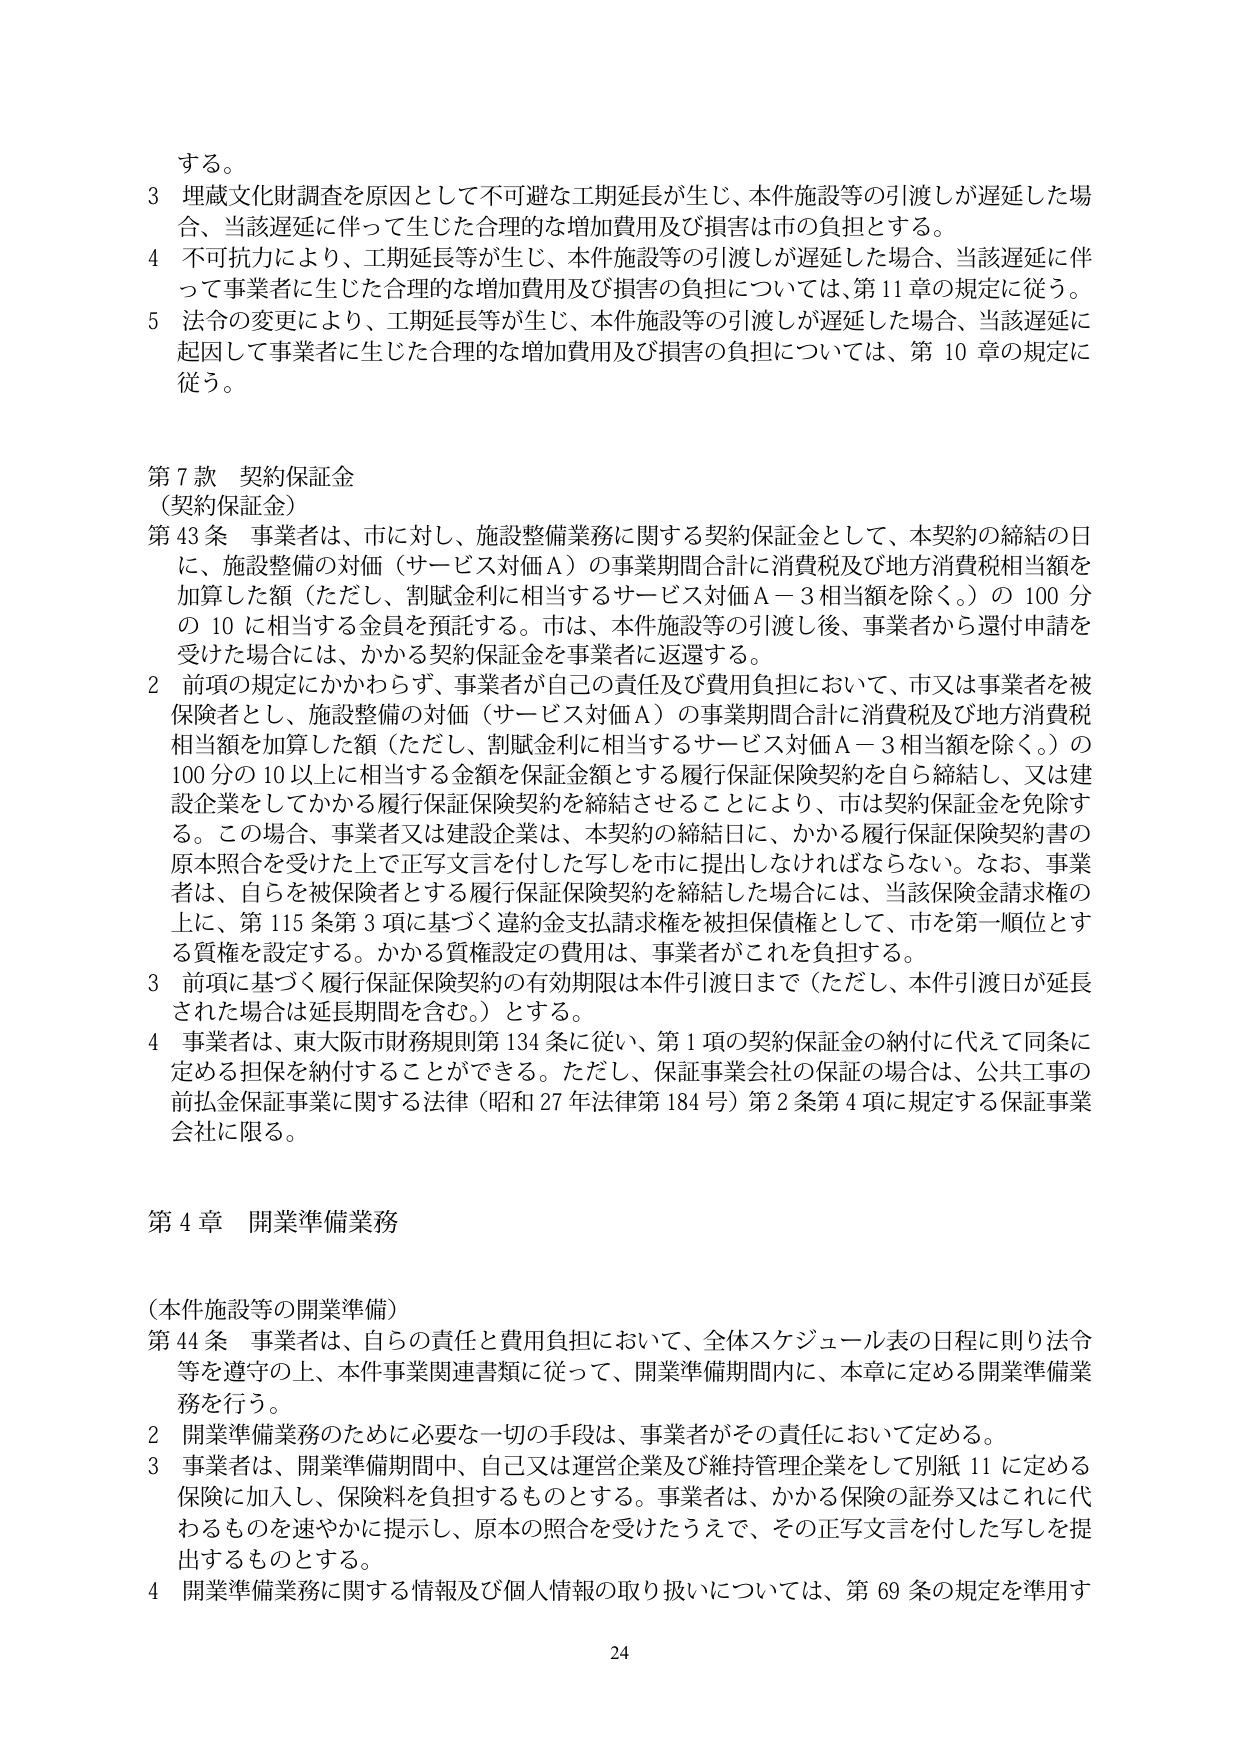
する。

3 埋蔵文化財調査を原因として不可避な工期延長が生じ、本件施設等の引渡しが遅延した場合、当該遅延に伴って生じた合理的な増加費用及び損害は市の負担とする。

4 不可抗力により、工期延長等が生じ、本件施設等の引渡しが遅延した場合、当該遅延に伴って事業者に生じた合理的な増加費用及び損害の負担については、第11章の規定に従う。

5 法令の変更により、工期延長等が生じ、本件施設等の引渡しが遅延した場合、当該遅延に起因して事業者に生じた合理的な増加費用及び損害の負担については、第10章の規定に従う。

第7款 契約保証金
（契約保証金）

第43条 事業者は、市に対し、施設整備業務に関する契約保証金として、本契約の締結の日に、施設整備の対価（サービス対価A）の事業期間合計に消費税及び地方消費税相当額を加算した額（ただし、割賦金利に相当するサービス対価A－3相当額を除く。）の100分の10に相当する金員を預託する。市は、本件施設等の引渡し後、事業者から還付申請を受けた場合には、かかる契約保証金を事業者に返還する。

2 前項の規定にかかわらず、事業者が自己の責任及び費用負担において、市又は事業者を被保険者とし、施設整備の対価（サービス対価A）の事業期間合計に消費税及び地方消費税相当額を加算した額（ただし、割賦金利に相当するサービス対価A－3相当額を除く。）の100分の10以上に相当する金額を保証金額とする履行保証保険契約を自ら締結し、又は建設企業をしてかかる履行保証保険契約を締結させることにより、市は契約保証金を免除する。この場合、事業者又は建設企業は、本契約の締結日に、かかる履行保証保険契約書の原本照会を受けた上で正写文言を付した写しを市に提出しなければならない。なお、事業者は、自らを被保険者とする履行保証保険契約を締結した場合には、当該保険金請求権の上に、第115条第3項に基づく違約金支払請求権を被担保債権として、市を第一順位とする質権を設定する。かかる質権設定の費用は、事業者がこれを負担する。

3 前項に基づく履行保証保険契約の有効期限は本件引渡日まで（ただし、本件引渡日が延長された場合は延長期間を含む。）とする。

4 事業者は、東大阪市財務規則第134条に従い、第1項の契約保証金の納付に代えて同条に定める担保を納付することができる。ただし、保証事業会社の保証の場合は、公共工事の前払金保証事業に関する法律（昭和27年法律第184号）第2条第4項に規定する保証事業会社に限る。

第4章 開業準備業務

（本件施設等の開業準備）

第44条 事業者は、自らの責任と費用負担において、全体スケジュール表の日程に則り法令等を遵守の上、本件事業関連書類に従って、開業準備期間内に、本章に定める開業準備業務を行う。

2 開業準備業務のために必要な一切の手段は、事業者がその責任において定める。

3 事業者は、開業準備期間中、自己又は運営企業及び維持管理企業をして別紙11に定める保険に加入し、保険料を負担するものとする。事業者は、かかる保険の証券又はこれに代わるものを速やかに提示し、原本の照会を受けたうえで、その正写文言を付した写しを提出するものとする。

4 開業準備業務に関する情報及び個人情報の取り扱いについては、第69条の規定を準用す

24